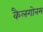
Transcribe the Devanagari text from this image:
कैलगोनम